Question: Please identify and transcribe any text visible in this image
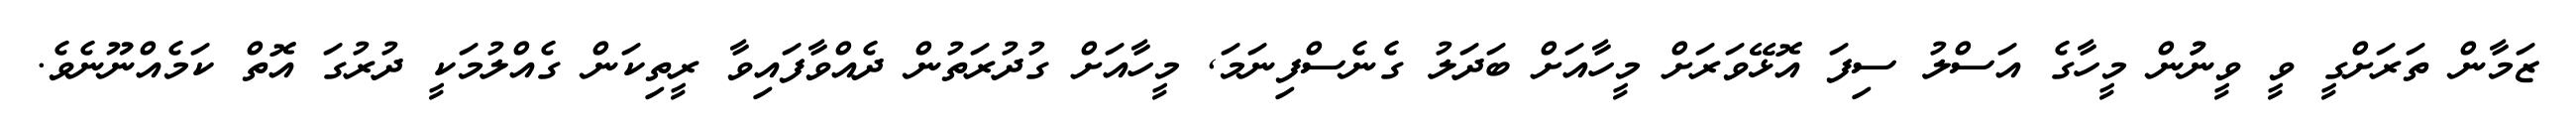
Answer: ޒަމާން ތަރަށްގީ ވީ ވީނުުން މީހާގެ އަސްލު ސިފަ އޮޅޭވަރަށް މީހާއަށް ބަދަލު ގެނެސްފިނަމަ, މީހާއަށް ގުދުރަތުން ދެއްވާފައިވާ ރީތިކަން ގެއްލުމަކީ ދުރުގަ އޮތް ކަމެއްނޫނެވެ.